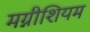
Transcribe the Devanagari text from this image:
मग्नीशियम